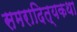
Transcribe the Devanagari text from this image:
समरादित्यकथा